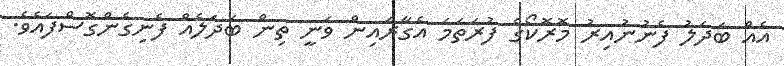
އެއް ބަދަލު ފެނުނުއިރު މޮރޮކޯގެ ފުރަތަމަ އެގާރައިން ވަނީ ތިން ބަދަލެއް ފެނިގެންގޮސްފައެވެ.